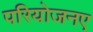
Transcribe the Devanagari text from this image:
परियोजनए